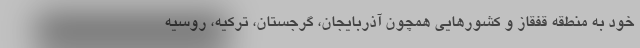
خود به منطقه قفقاز و کشورهایی همچون آذربایجان، گرجستان، ترکیه، روسیه